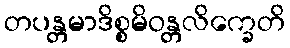
တပန္တမာဒိစ္စမိဝန္တလိက္ခေတိ